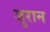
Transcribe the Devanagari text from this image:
जुरान